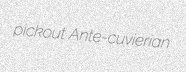
pickout Ante-cuvierian